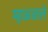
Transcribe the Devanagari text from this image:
म्हळ्ळले